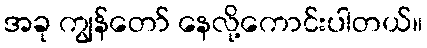
အခု ကျွန်တော် နေလို့ကောင်းပါတယ်။